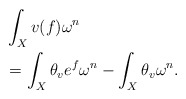
\begin{align*}&\int_{X}v(f)\omega^{n}\\&=\int_{X}\theta_{v}e^{f}\omega^{n}-\int_{X}\theta_{v}\omega^{n}.\end{align*}